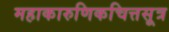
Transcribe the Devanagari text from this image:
महाकारुणिकचित्तसूत्र